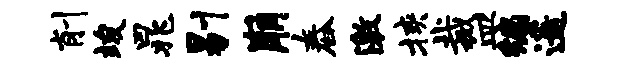
削竣晁剔崩舂激挟裁皿编遥